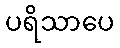
ပရိသာပေ